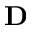
\textbf { D }